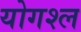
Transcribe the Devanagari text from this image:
योगश्ल